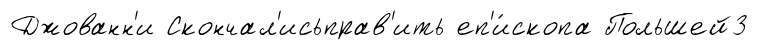
Джованн'и Скончал'исьправ'ить еп'и́скопа Польшей3